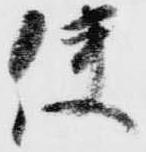
使